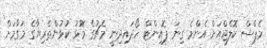
މެޕްސް ކޮލެޖްއަށް އެންމެ ގިނަ ޕޮއިންޓް ހޯދައިދިނީ މެޗުގެ މޮޅު ކުޅުންތެރިޔާގެ މަގާމަށް